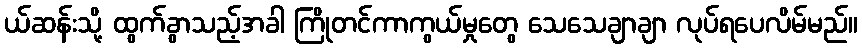
ယ်ဆန်းသို့ ထွက်ခွာသည့်အခါ ကြိုတင်ကာကွယ်မှုတွေ သေသေချာချာ လုပ်ရပေလိမ်မည်။